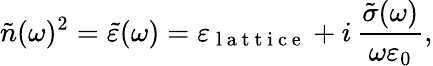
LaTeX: \tilde{n}(\omega)^{2}=\tilde{\varepsilon}(\omega)=\varepsilon_{\mathrm{~l~a~t~t~i~c~e~}}+i\, \frac{\tilde{\sigma}(\omega)}{\omega\varepsilon_{0}},